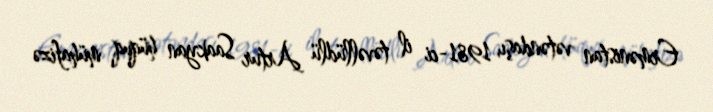
Ermənistan vətəndaşı, 1981-ci il təvəllüdlü Artur Saakyan hüquq mühafizə